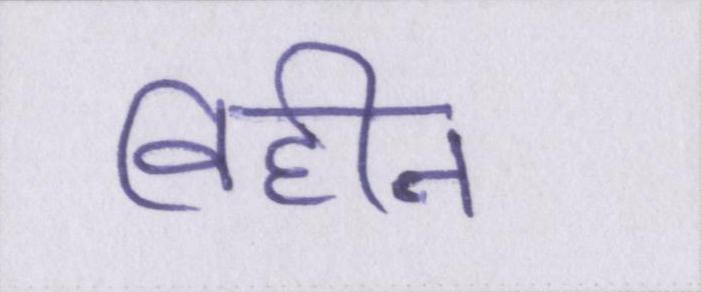
विहीन